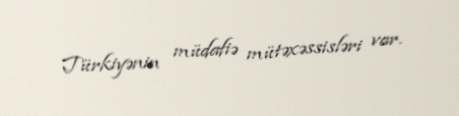
Türkiyənin müdafiə mütəxəssisləri var.